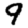
Digit: 9